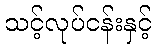
သင့်လုပ်ငန်းနှင့်